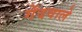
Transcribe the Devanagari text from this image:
गेंदवाले